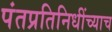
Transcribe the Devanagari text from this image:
पंतप्रतिनिधींच्याच